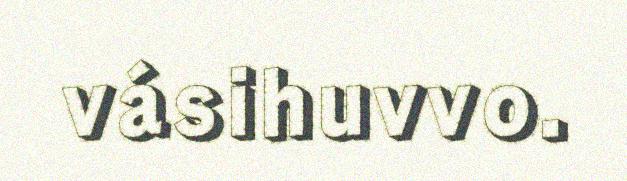
vásihuvvo.